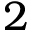
2